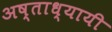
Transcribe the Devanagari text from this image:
अष्ताध्यायी